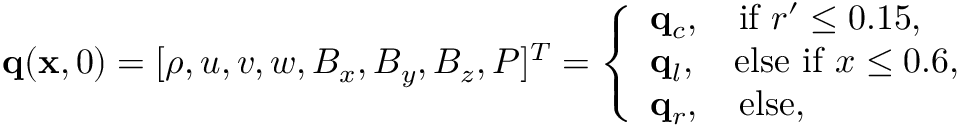
\mathbf { q } ( \mathbf { x } , 0 ) = [ \rho , u , v , w , B _ { x } , B _ { y } , B _ { z } , P ] ^ { T } = \left\{ \begin{array} { l l } { \mathbf { q } _ { c } , \quad \mathrm { i f } \ r ^ { \prime } \leq 0 . 1 5 , } \\ { \mathbf { q } _ { l } , \quad \mathrm { e l s e \ i f } \ x \leq 0 . 6 , } \\ { \mathbf { q } _ { r } , \quad \mathrm { e l s e } , } \end{array} \right.